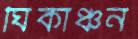
ঘিকাঞ্চন